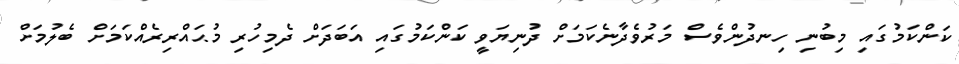
ކަންކަމުގައި މިބުނި ހިނދުންވެސް މަރުވެދާނެކަމަށް ދުނިޔަވީ ކަންކަމުގައި އަބަދަށް ދެމިހުރި މުޙައްރިރެއްކަމަށް ބެލުމަށް